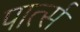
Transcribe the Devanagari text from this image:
पार्त्स